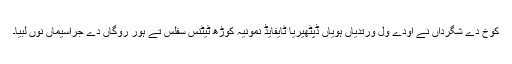
کوخ دے شگرداں نے اودے ول ورتدیاں ہویاں ڈپٹھیریا ٹایفایڈ نمونیہ کوڑھ ٹیٹنس سفلس تے ہور روگاں دے جراسیماں نوں لبیا۔